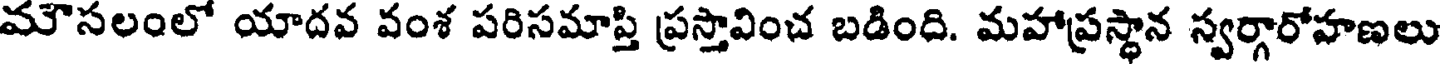
మౌసలంలో యాదవ వంశ పరిసమాప్తి ప్రస్తావించ బడింది. మహాప్రస్థాన స్వర్గారోహణలు